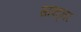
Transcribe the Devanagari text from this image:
साफ्ट्नर